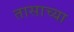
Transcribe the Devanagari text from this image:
तासाच्‍या